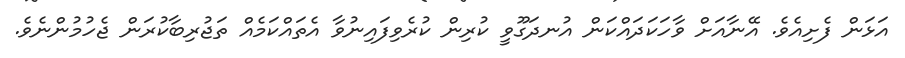
އަޅަން ފެށިއެވެ. އޭނާއަށް ވާހަކަދައްކަން އުނދަގޫވީ ކުރިން ކުރެވިފައިނުވާ އެތައްކަމެއް ތަޖުރިބާކުރަން ޖެހުމުންނެވެ.